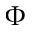
\Phi